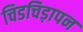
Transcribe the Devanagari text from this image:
चिडचिड़ापन